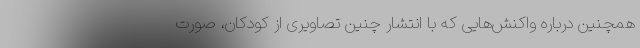
همچنین درباره واکنش‌هایی که با انتشار چنین تصاویری از کودکان، صورت